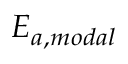
E _ { a , m o d a l }